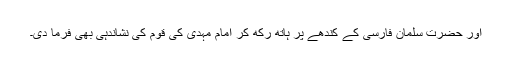
اور حضرت سلمان فارسیؓ کے کندھے پر ہاتھ رکھ کر امام مہدی کی قوم کی نشاندہی بھی فرما دی۔